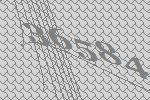
36584